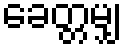
ခေတ္တမျှ